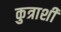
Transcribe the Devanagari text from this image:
कुत्राशी